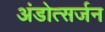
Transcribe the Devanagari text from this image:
अंडोत्सर्जन